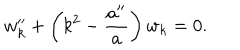
w _ { k } ^ { \prime \prime } + \left( k ^ { 2 } - { \frac { a ^ { \prime \prime } } { a } } \right) w _ { k } = 0 .